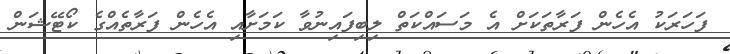
ފަހަރަކު އެހެން ފަރާތަކަށް އެ މަސައްކަތް ލިބިފައިނުވާ ކަމަށާއި އެހެން ފަރާތެއްގެ ކޯޓޭޝަން